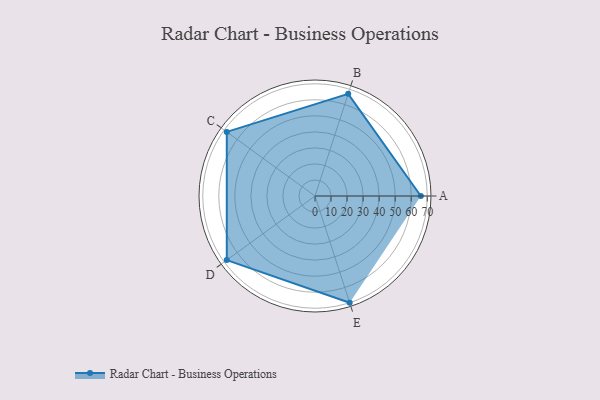
{"axis": {"x": "Skill", "y": "Score"}, "legend": ["Profile"], "data": [{"x": "A", "y": 66.0, "type": "Profile"}, {"x": "B", "y": 67.0, "type": "Profile"}, {"x": "C", "y": 68.0, "type": "Profile"}, {"x": "D", "y": 68.0, "type": "Profile"}, {"x": "E", "y": 70.0, "type": "Profile"}]}